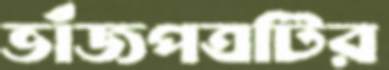
ভাঁজপত্রটির